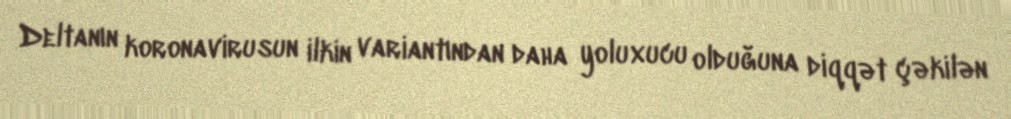
Deltanın koronavirusun ilkin variantından daha yoluxucu olduğuna diqqət çəkilən